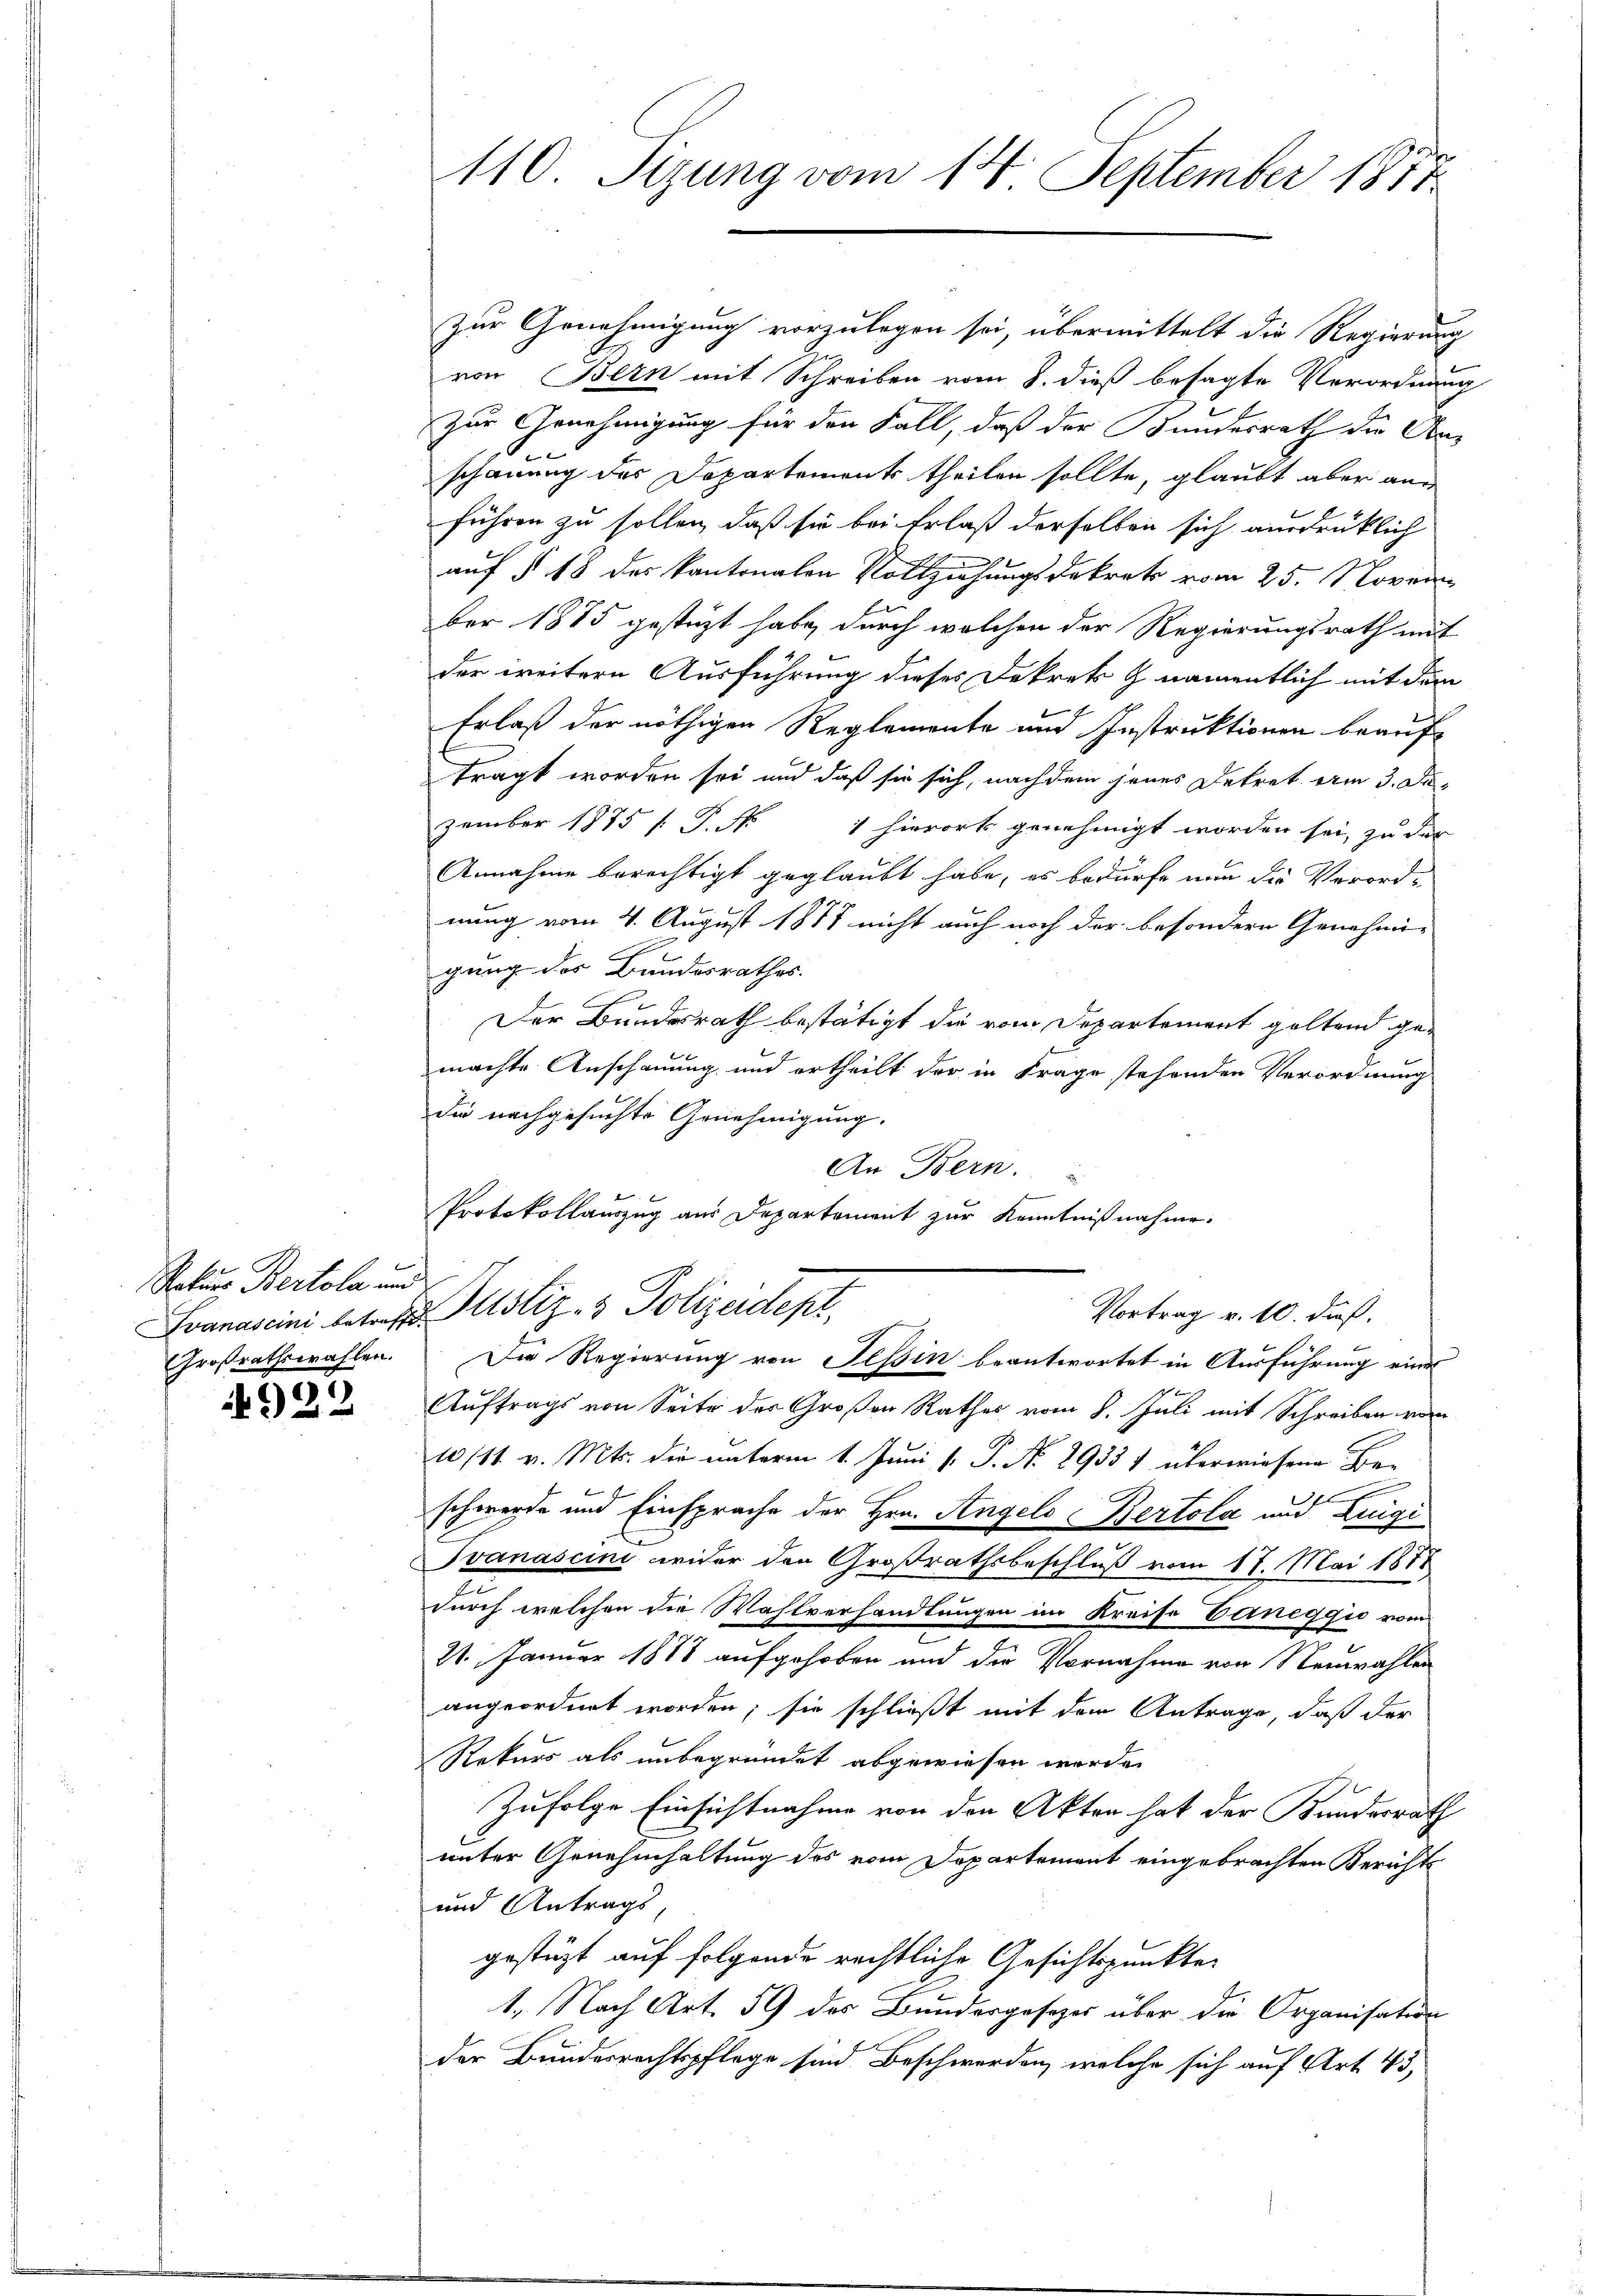
Natur Bertola und
Großrathswahlen.

922

110. Sizung vom 14. September 1857

Zur Genehmigung vorzulegen sei, überwittelt die Regierung
von Bern mit Schreiben vom 8. dieß besagte Verordnung
zur Genehmigung für den Fall, daß der Bundesrath die An-
s
schauung der Departements theilen sollte, glaubt aber aus
führen zu sollen, daß sie bei Erlaß derselben sich ausdrücklich
auf § 18 des kantonalen Vollziehungsdekret vom 25. Novem
ber 1885 gestüzt habe, durch welchen der Regierungsrath mit
der weitern Ausführung dieses Dekret & namentlich mit dem
Erlaß der nöthigen Reglemente und Instruktionen beauftragt worden sei und daß sie sich, nachdem jenes Dekret vom 3. Dezember 1875 [ P. Nr. 1 hierort genehmigt worden sei, zu der
Annahme berechtigt geglaubt habe, es bedürfe nun die Verord-
n
nung vom 4. August 1811 nicht auch noch der besondern Genehmi-
gung des Bundesrathes.
Der Bundesrath bestätigt die vom Departement geltend gemachte Anschauung und ertheilt der in Frage stehenden Verordnung
die nachgesuchte Genehmigung.
An Bern.
Protokollauszug aus Departement zur Kenntnißnahme.

Vortrag v. 10. daß
Svanascini betref Justiz- & Polizeidept.
s
Die Regierung von Tessin beantwortet in Ausführung eine

Auftrags von Seite des Großen Rathes vom 8. Juli mit Schreiben vom
10/11 v. Mts. die unterm 1. Juni v. P. Nr. 2933 1 überwiesene Bee
schwerde und Einsprache der Hrn. Angels Bertola und Luigi
Svanascini wider den Großrathsbeschluß vom 17. Mai 1878
a
durch welchen die Wahlverhandlungen im Kreise Veneggić vom
e
21. Januar 1878 aufgehoben und der Vornahme von Neuwahlen
angeordnet worden; sie schließt mit dem Antrage, daß der
Rekurs als unbegründet abgewiesen werde.
Zufolge Einsichtnahme von den Akten hat der Kundesrath
unter Genehmhaltung des vom Departement eingebrachten Berichts
und Antrags,
gestüzt auf folgende rechtliche Gesichtspunkter
1., Nach Art. 59 des Bundergesezes über die Organisation
der Bundesrechtspflege sind Beschwerden, welche sich auf Art. 43,